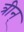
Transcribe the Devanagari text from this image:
त्रीन्